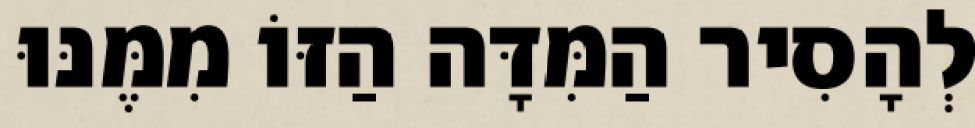
לְהָסִיר הַמִּדָּה הַזּוֹ מִמֶּנּוּ